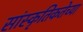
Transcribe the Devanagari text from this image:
सांस्कृतिकतेच्या